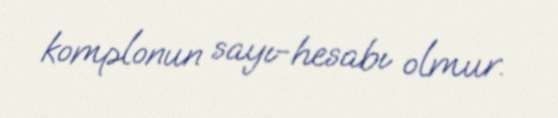
komplonun sayı-hesabı olmur.